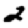
Digit: 2